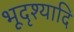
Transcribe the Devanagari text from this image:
भूदृश्यादि